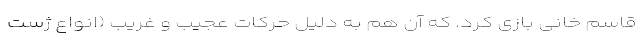
قاسم خانی بازی کرد. که آن هم به دلیل حرکات عجیب و غریب (انواع ژست